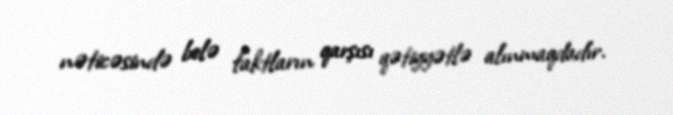
nəticəsində belə faktların qarşısı qətiyyətlə alınmaqdadır.